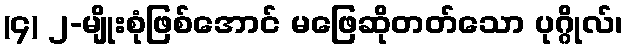
(၄) ၂-မျိုးစုံဖြစ်အောင် မဖြေဆိုတတ်သော ပုဂ္ဂိုလ်၊